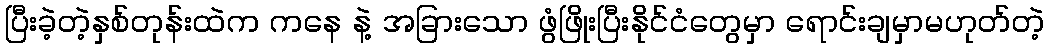
ပြီးခဲ့တဲ့နှစ်တုန်းထဲက ကနေ နဲ့ အခြားသော ဖွံဖြိုးပြီးနိုင်ငံတွေမှာ ရောင်းချမှာမဟုတ်တဲ့